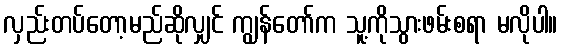
လှည်းတပ်တော့မည်ဆိုလျှင် ကျွန်တော်က သူ့ကိုသွားဖမ်းစရာ မလိုပါ။